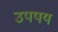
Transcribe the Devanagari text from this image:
उपपय